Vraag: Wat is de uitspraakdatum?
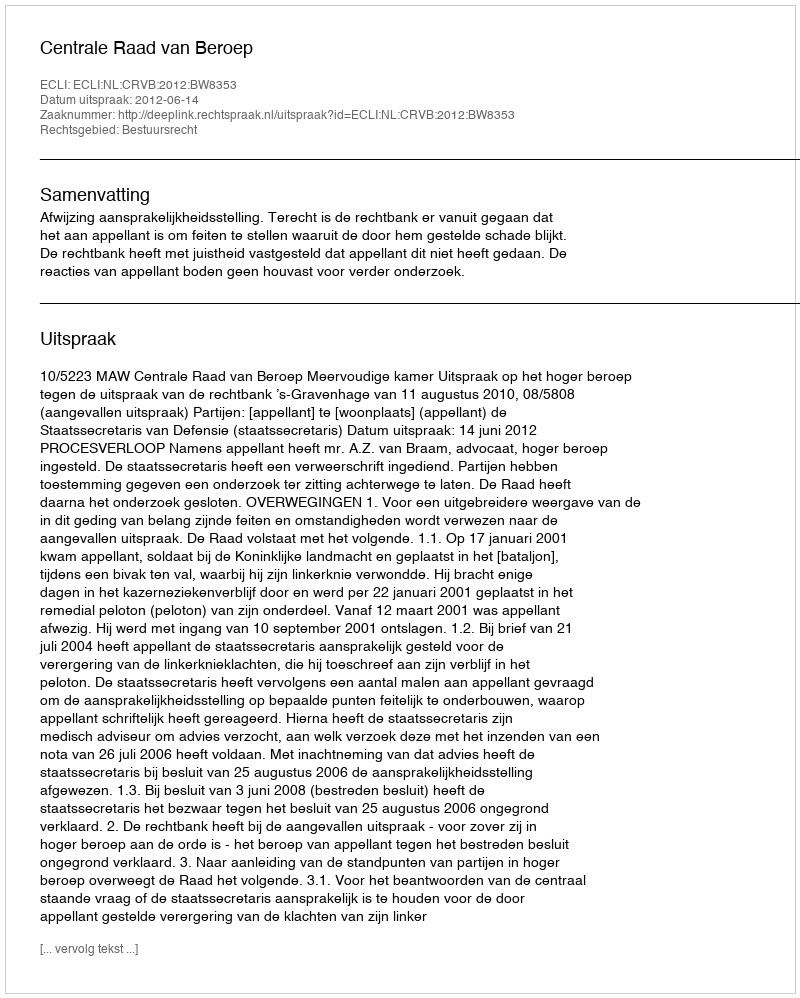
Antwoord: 2012-06-14